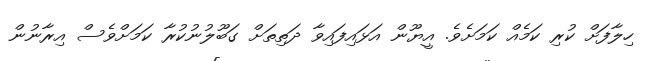
ހިލާފަށް ކުރި ކަމެއް ކަމަށެވެ. އީޔޫން އަޅައިފައިވާ ދަތިތަށް ގަބޫލުނުކުރާ ކަމަށްވެސް އިރާނުން